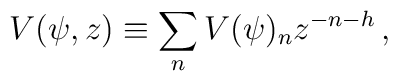
V(\psi,z)\equiv\sum_nV(\psi)_nz^{-n-h}\,,